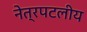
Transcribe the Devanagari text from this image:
नेत्रपटलीय